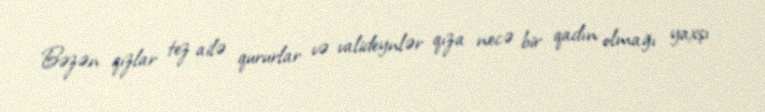
Bəzən qızlar tez ailə qururlar və valideynlər qıza necə bir qadın olmağı yaxşı